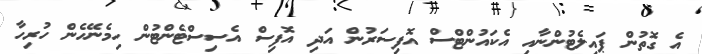
އެ ގޮތުން ޕައިލެޓުންނާއި އެކައުންޓްސް އޮފިސަރުން އަދި އޮފިސް އެސިސްޓެންޓުން ހިމެނޭހެން ހުރިހާ